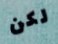
لكن